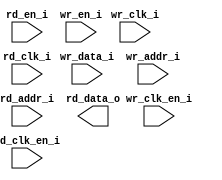
/*******************************************************************************
    Verilog netlist generated by IPGEN Radiant
    Soft IP Version: 1.0.0
    Tue Mar 06 15:31:51 2018
*******************************************************************************/
/*******************************************************************************
    Wrapper Module generated per user settings.
*******************************************************************************/
module sbram_256x16_himax (wr_clk_i, rd_clk_i, wr_clk_en_i, rd_en_i,
    rd_clk_en_i, wr_en_i, wr_data_i, wr_addr_i, rd_addr_i, rd_data_o)/* synthesis syn_black_box syn_declare_black_box=1 */;
    input  wr_clk_i;
    input  rd_clk_i;
    input  wr_clk_en_i;
    input  rd_en_i;
    input  rd_clk_en_i;
    input  wr_en_i;
    input  [15:0]  wr_data_i;
    input  [7:0]  wr_addr_i;
    input  [7:0]  rd_addr_i;
    output  [15:0]  rd_data_o;
endmodule